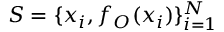
{ \cal { S } } = \{ x _ { i } , f _ { O } ( x _ { i } ) \} _ { i = 1 } ^ { N }